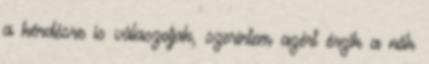
a kérdésre is válaszoljak, szerintem azért érzik a nők